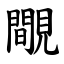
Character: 覸